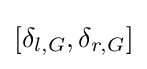
[\delta _{l,G},\delta _{r,G}]